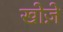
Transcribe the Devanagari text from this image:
खोज़े